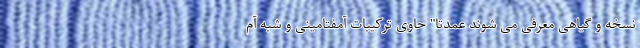
نسخه و گیاهی معرفی می شوند عمدتا" حاوی ترکیبات آمفتامینی و شبه آم